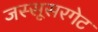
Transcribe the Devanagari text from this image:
जस्सूसरगेट